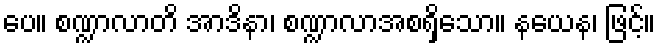
ပေ။ စဏ္ဍာလာတိ အာဒိနာ၊ စဏ္ဍာလာအစရှိသော။ နယေန၊ ဖြင့်။